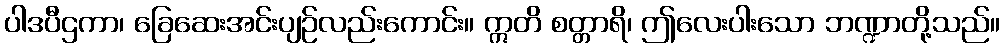
ပါဒပီဌကာ၊ ခြေဆေးအင်းပျဉ်လည်းကောင်း။ ဣတိ စတ္တာရိ၊ ဤလေးပါးသော ဘဏ္ဍာတို့သည်။